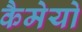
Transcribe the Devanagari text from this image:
कैमेयो